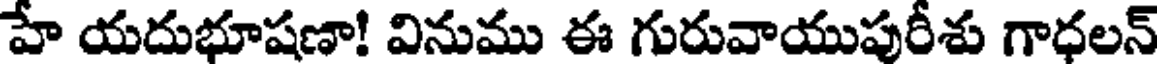
హే యదుభూషణా! వినుము ఈ గురువాయుపురీశు గాధలన్